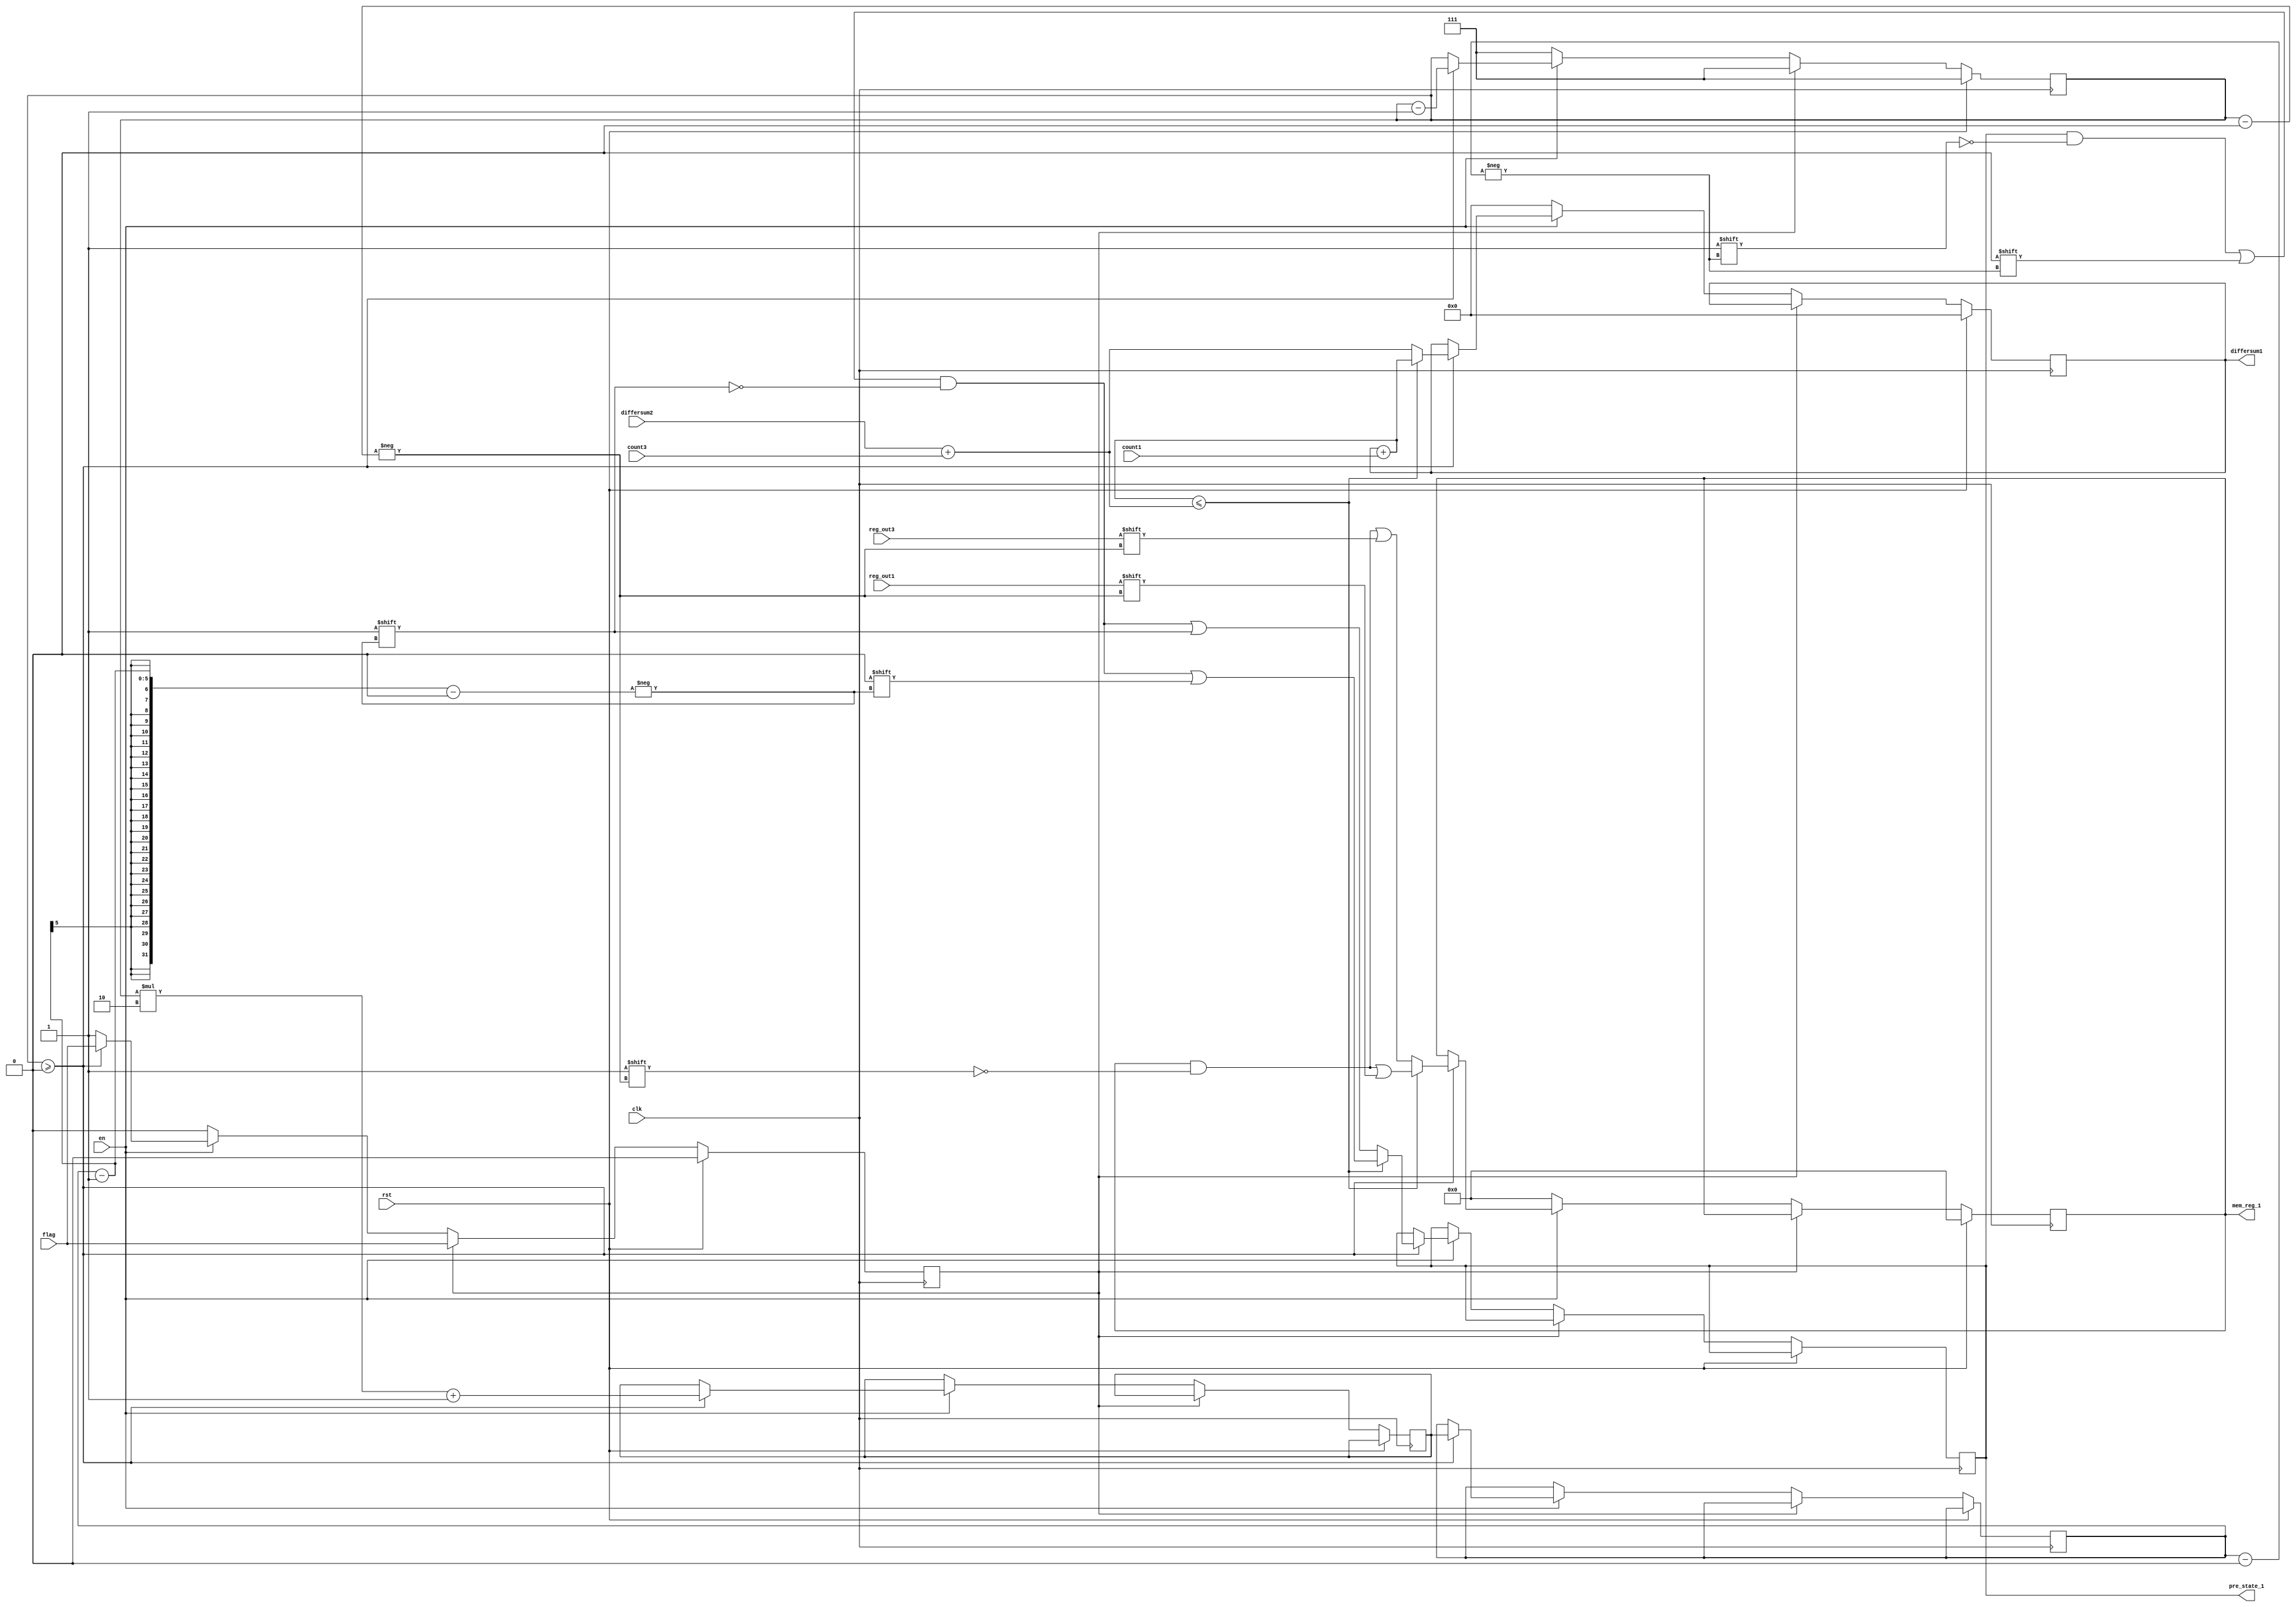
`timescale 1ns / 1ps
//////////////////////////////////////////////////////////////////////////////////
// Company: 
// Engineer: 
// 
// Design Name: 
// Module Name: compare_1
// Project Name: 
// Target Devices: 
// Tool Versions: 
// Description: 
// 
// Dependencies: 
// 
// Revision:
// Revision 0.01 - File Created
// Additional Comments:
// 
//////////////////////////////////////////////////////////////////////////////////


module compare_1(
input clk,
input rst,
input en,
input [1:0] count1,
input [1:0] count3,
input reg_out1,
input reg_out3,
input [4:0] differsum2,
input flag,
output reg [4:0] differsum1,
output reg [7:0] mem_reg_1,
output reg [15:0] pre_state_1
    );
reg [2:0] i;
reg [4:0] k;
reg [4:0] k_dl;
reg flag_compare;
always @(posedge clk)
begin
if(rst)
begin
    differsum1 <= 5'd0;
    //pre_state_1 = 16'b0000000000000000;
    pre_state_1 = 16'bxxxxxxxxxxxxxxxx;
    i <= 3'd7;
    mem_reg_1 <= 8'b00000000;
    flag_compare <= 0;
    //k <= 4'd15;
end
else
begin
    flag_compare <= flag;
if(flag_compare == 0)
begin
    if(!en)
    begin
        differsum1 <= 5'd0;
        //pre_state_1 = 16'b0000000000000000;
        pre_state_1 = 16'bxxxxxxxxxxxxxxxx;
        i <= 3'd7;
        mem_reg_1 <= 8'b00000000;
        flag_compare <= 0;
        //k <= 4'd15;
    end
    else
    begin
         if(i >= 0)
         begin
            k <= i*2 + 1;
            k_dl <= k;
            //k <= 4'd15;
            if(differsum1 + count1 <= differsum2 + count3)
            begin
            differsum1 <= differsum1 + count1;
            mem_reg_1[i] <= reg_out1;
            pre_state_1[k_dl] <= 0;
            pre_state_1[k_dl - 1] <= 0;
            end
         else
         begin
            differsum1 <= differsum2 + count3;
            mem_reg_1[i] <= reg_out3;
            pre_state_1[k_dl] <= 0;
            pre_state_1[k_dl-1] <= 1;
         end
            i <= i - 1;
            //k <= k - 2;
         end
      else
      begin
      flag_compare <= 1;
      end
    end
end
else
begin
    //differsum1 <= 5'd0;
    //pre_state_1 = 16'b0000000000000000;
    //pre_state_1 = 16'bxxxxxxxxxxxxxxxx;
    i <= 3'd7;
    //mem_reg_1 <= 8'b00000000;
end
end
end
endmodule